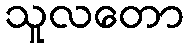
သူလတော